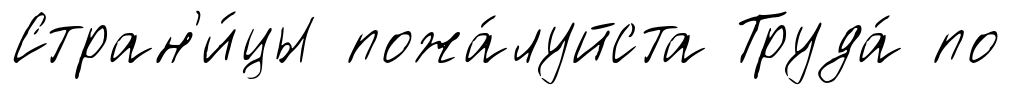
Стран'и́цы пожа́луйста Труда́ по